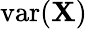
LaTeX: \operatorname{var}(\mathbf{X})